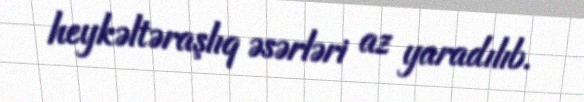
heykəltəraşlıq əsərləri az yaradılıb.